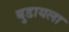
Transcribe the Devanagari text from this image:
बुडायला